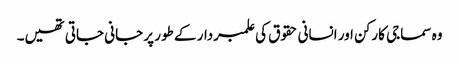
وہ سماجی کارکن اور انسانی حقوق کی علمبردار کے طور پر جانی جاتی تھیں۔